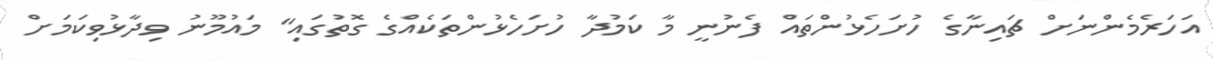
އަހަރެމެންނަށް ޗައިނާގެ ހުށަހެޅުންތައް ފެނުނީ މާ ކަމުދާ ހުށަހެޅުންތަކެއްގެ ގޮތުގައި" މައުމޫނު ވިދާޅުވިކަމަށް